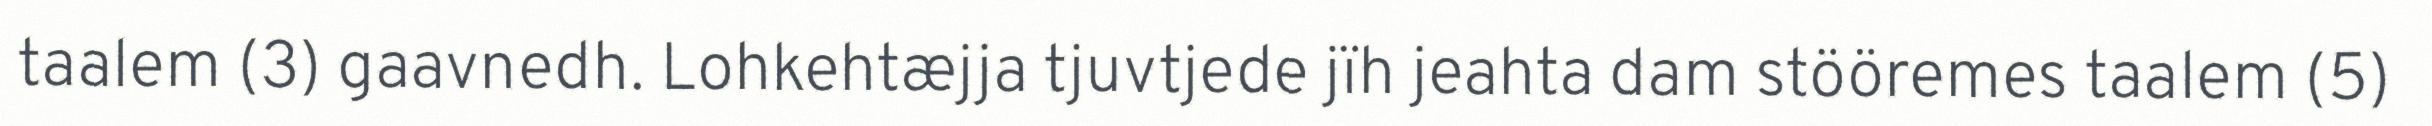
taalem (3) gaavnedh. Lohkehtæjja tjuvtjede jïh jeahta dam stööremes taalem (5)